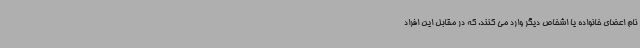
نام اعضای خانواده یا اشخاص دیگر وارد می کنند. که در مقابل این افراد